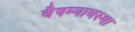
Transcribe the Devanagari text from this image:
वैषम्यावस्था